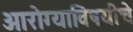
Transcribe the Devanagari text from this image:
आरोग्याविषयीचे